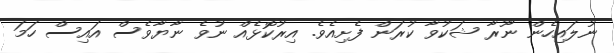
ނުލައިހެން ނޫރާ ޝަކުވާ ކުރަން ފެށިއެވެ. އިރުކޮޅެއް ނުވެ ނާޔާވެސް އައިސް ހަމަ